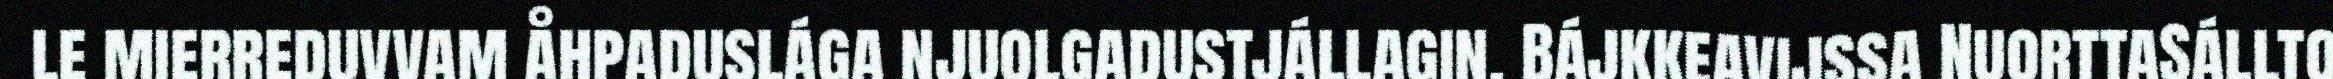
le mierreduvvam åhpaduslága njuolgadustjállagin. Bájkkeavijssa NuorttaSállto